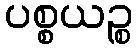
ပစ္စယဉ္စ